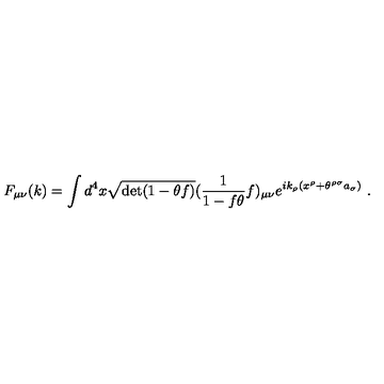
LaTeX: F _ { \mu \nu } ( k ) = \int d ^ { 4 } x \sqrt { \det ( 1 - \theta f ) } ( \frac { 1 } { 1 - f \theta } f ) _ { \mu \nu } e ^ { i k _ { \rho } ( x ^ { \rho } + \theta ^ { \rho \sigma } a _ { \sigma } ) } \ .